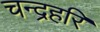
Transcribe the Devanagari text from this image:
चन्द्रहरि